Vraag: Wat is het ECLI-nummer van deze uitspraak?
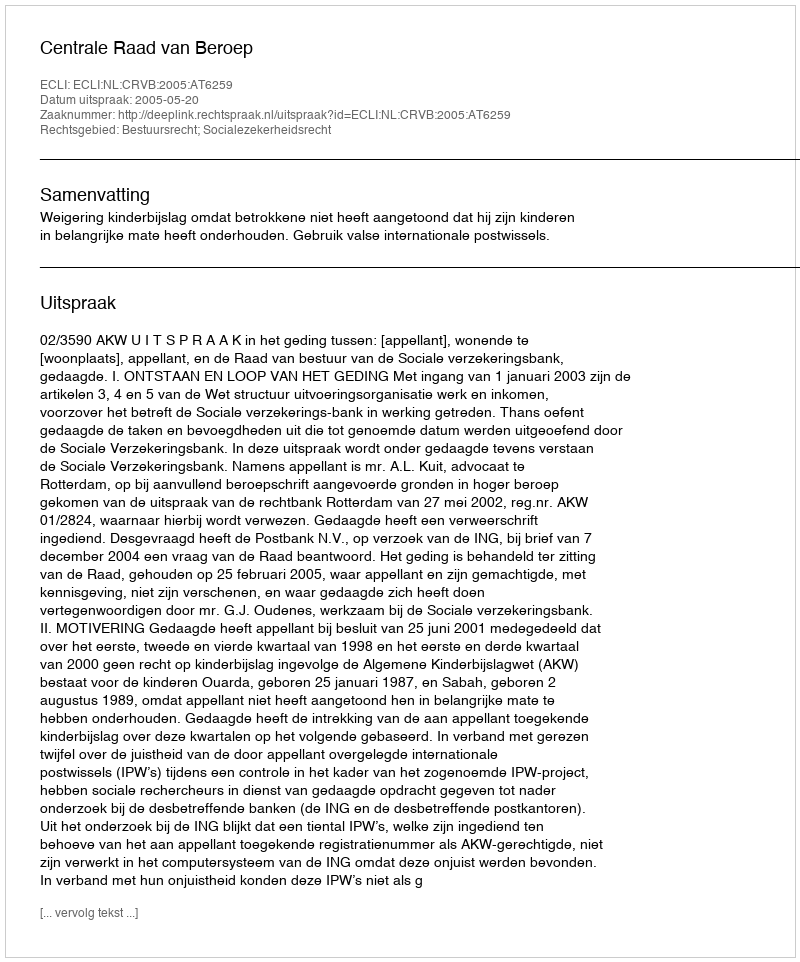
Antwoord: ECLI:NL:CRVB:2005:AT6259